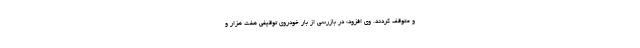
و متوقف کردند. وی افزود: در بازرسی از بار خودروی توقیفی هفت هزار و